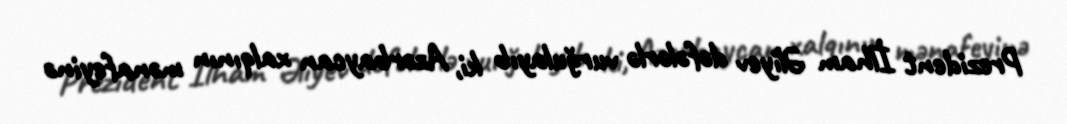
Prezident İlham Əliyev dəfələrlə vurğulayıb ki, Azərbaycan xalqının mənafeyinə